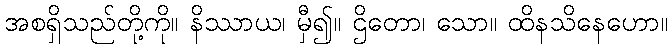
အစရှိသည်တို့ကို။ နိဿာယ၊ မှီ၍။ ဌိတော၊ သော။ ထိနသိနေဟော။